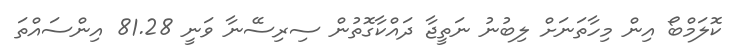
ކޮލަމްބޯ އިން މިހާތަނަށް ލިބުނު ނަތީޖާ ދައްކާގޮތުން ސިރިސޭނާ ވަނީ 81.28 އިންސައްތަ